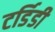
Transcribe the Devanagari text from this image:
टर्डिडी